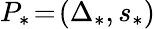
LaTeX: P_{*}\! =\! (\Delta_{*},s_{*})